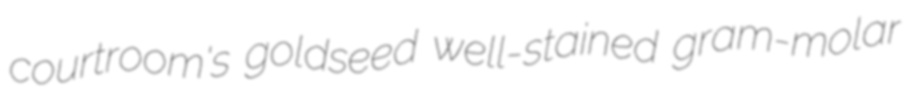
courtroom's goldseed well-stained gram-molar